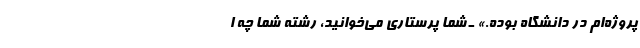
پروژه‌ام در دانشگاه بوده.» ـ شما پرستاری می‌خوانید، رشته شما چه ا